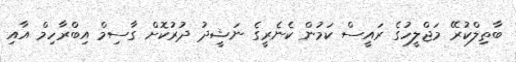
ބާތިލްކުރޭ މަޖްލީހުގެ ރައީސް ކަމުން ކެނެރީގެ ނަޝީދު ދުރުކޮށް ގާސިމް އިބްރާހިމް އާއި